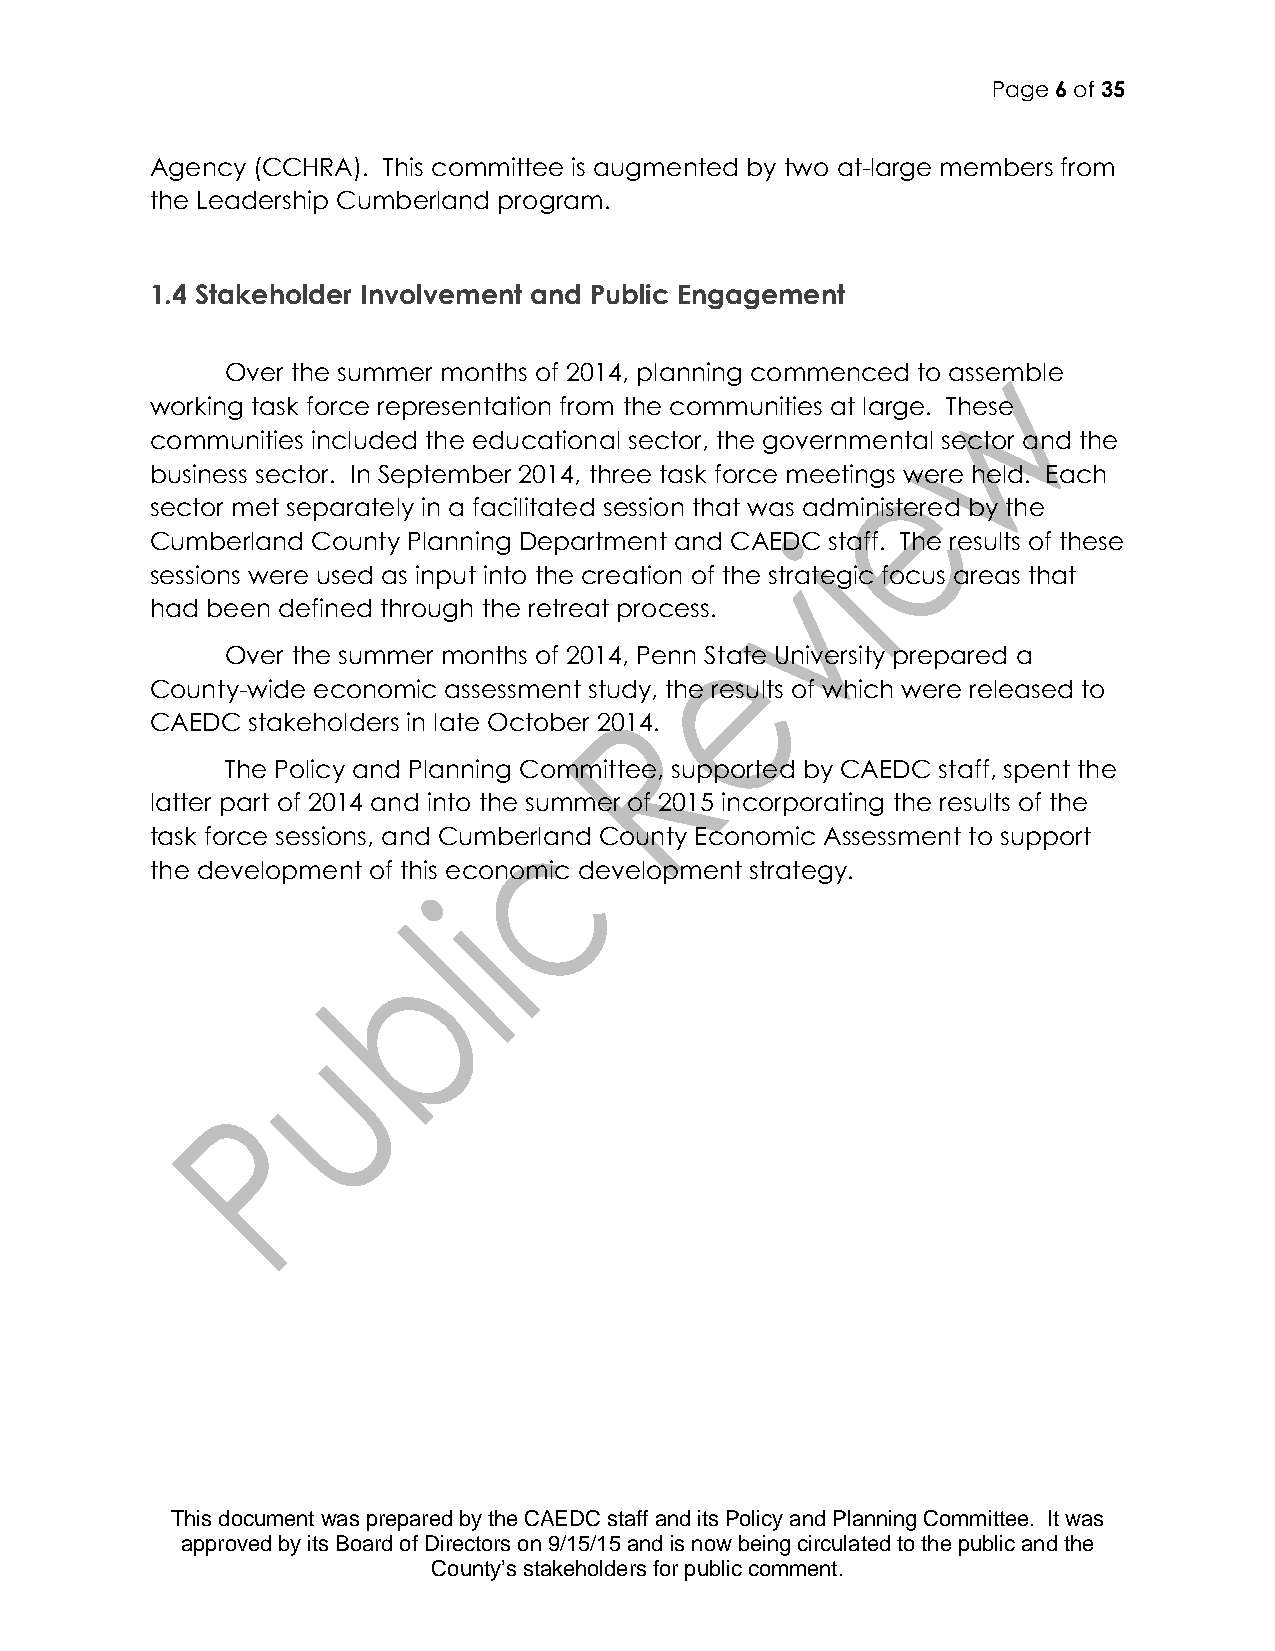
Page 6 of 35
 Agency (CCHRA). This committee is augmented by two at-large members from
 the Leadership Cumberland program.
 1.4 Stakeholder Involvement and Public Engagement
 Over the summer months of 2014, planning commenced to assemble
 working task force representation from the communities at large. These
 communities included the educational sector, the governmental sector and the
 business sector. In September 2014, three task force meetings were held. Each
 sector met separately in a facilitated session that was administered by the
 Cumberland County Planning Department and CAEDC staff. The results of these
 sessions were used as input into the creation of the strategic focus areas that
 had been defined through the retreat process.
 Over the summer months of 2014, Penn State University prepared a
 County-wide economic assessment study, the results of which were released to
 CAEDC stakeholders in late October 2014.
 The Policy and Planning Committee, supported by CAEDC staff, spent the
 latter part of 2014 and into the summer of 2015 incorporating the results of the
 task force sessions, and Cumberland County Economic Assessment to support
 the development of this economic development strategy.
 This document was prepared by the CAEDC staff and its Policy and Planning Committee. It was
 approved by its Board of Directors on 9/15/15 and is now being circulated to the public and the
 County’s stakeholders for public comment.